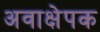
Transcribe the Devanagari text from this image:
अवाक्षेपक